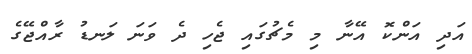
އަދި އަންކޮ އޭނާ މި މެޗުގައި ޖެހި ދެ ވަނަ ލަނޑު ރާއްޖޭގެ